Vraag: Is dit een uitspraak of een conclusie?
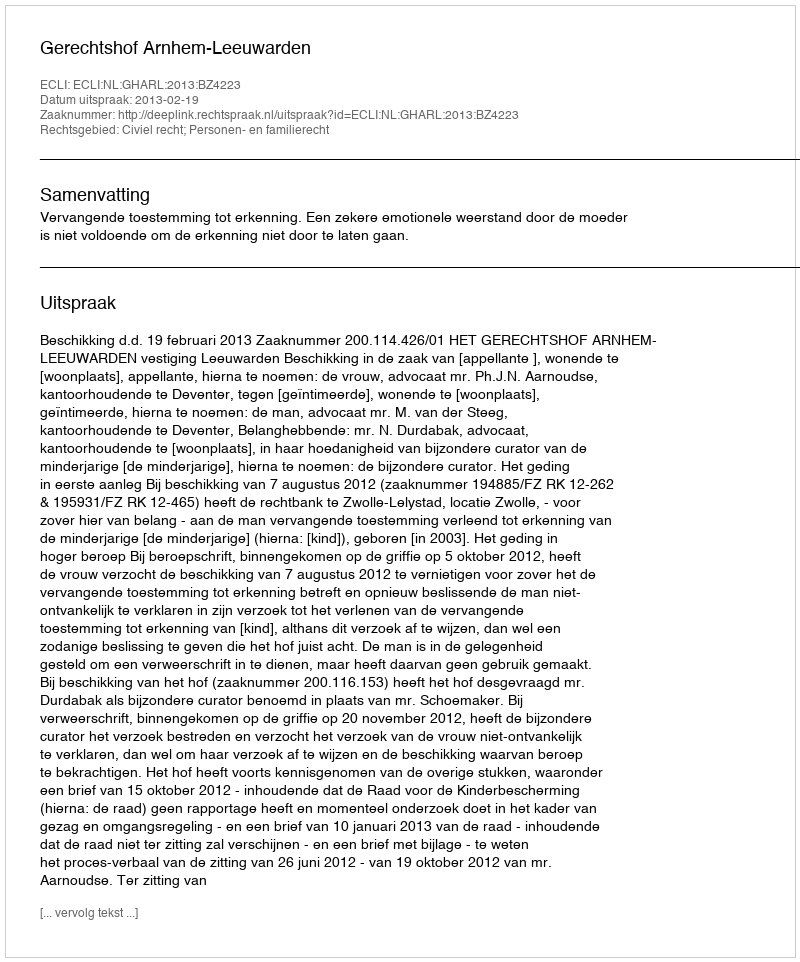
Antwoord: Uitspraak